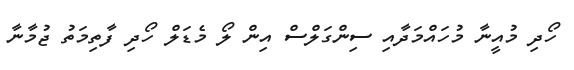
ހޯދި މުއީނާ މުހައްމަދާއި ސިންގަލްސް އިން ލޯ މެޑަލް ހޯދި ފާތިމަތު ޖުމާނާ